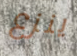
ينزع